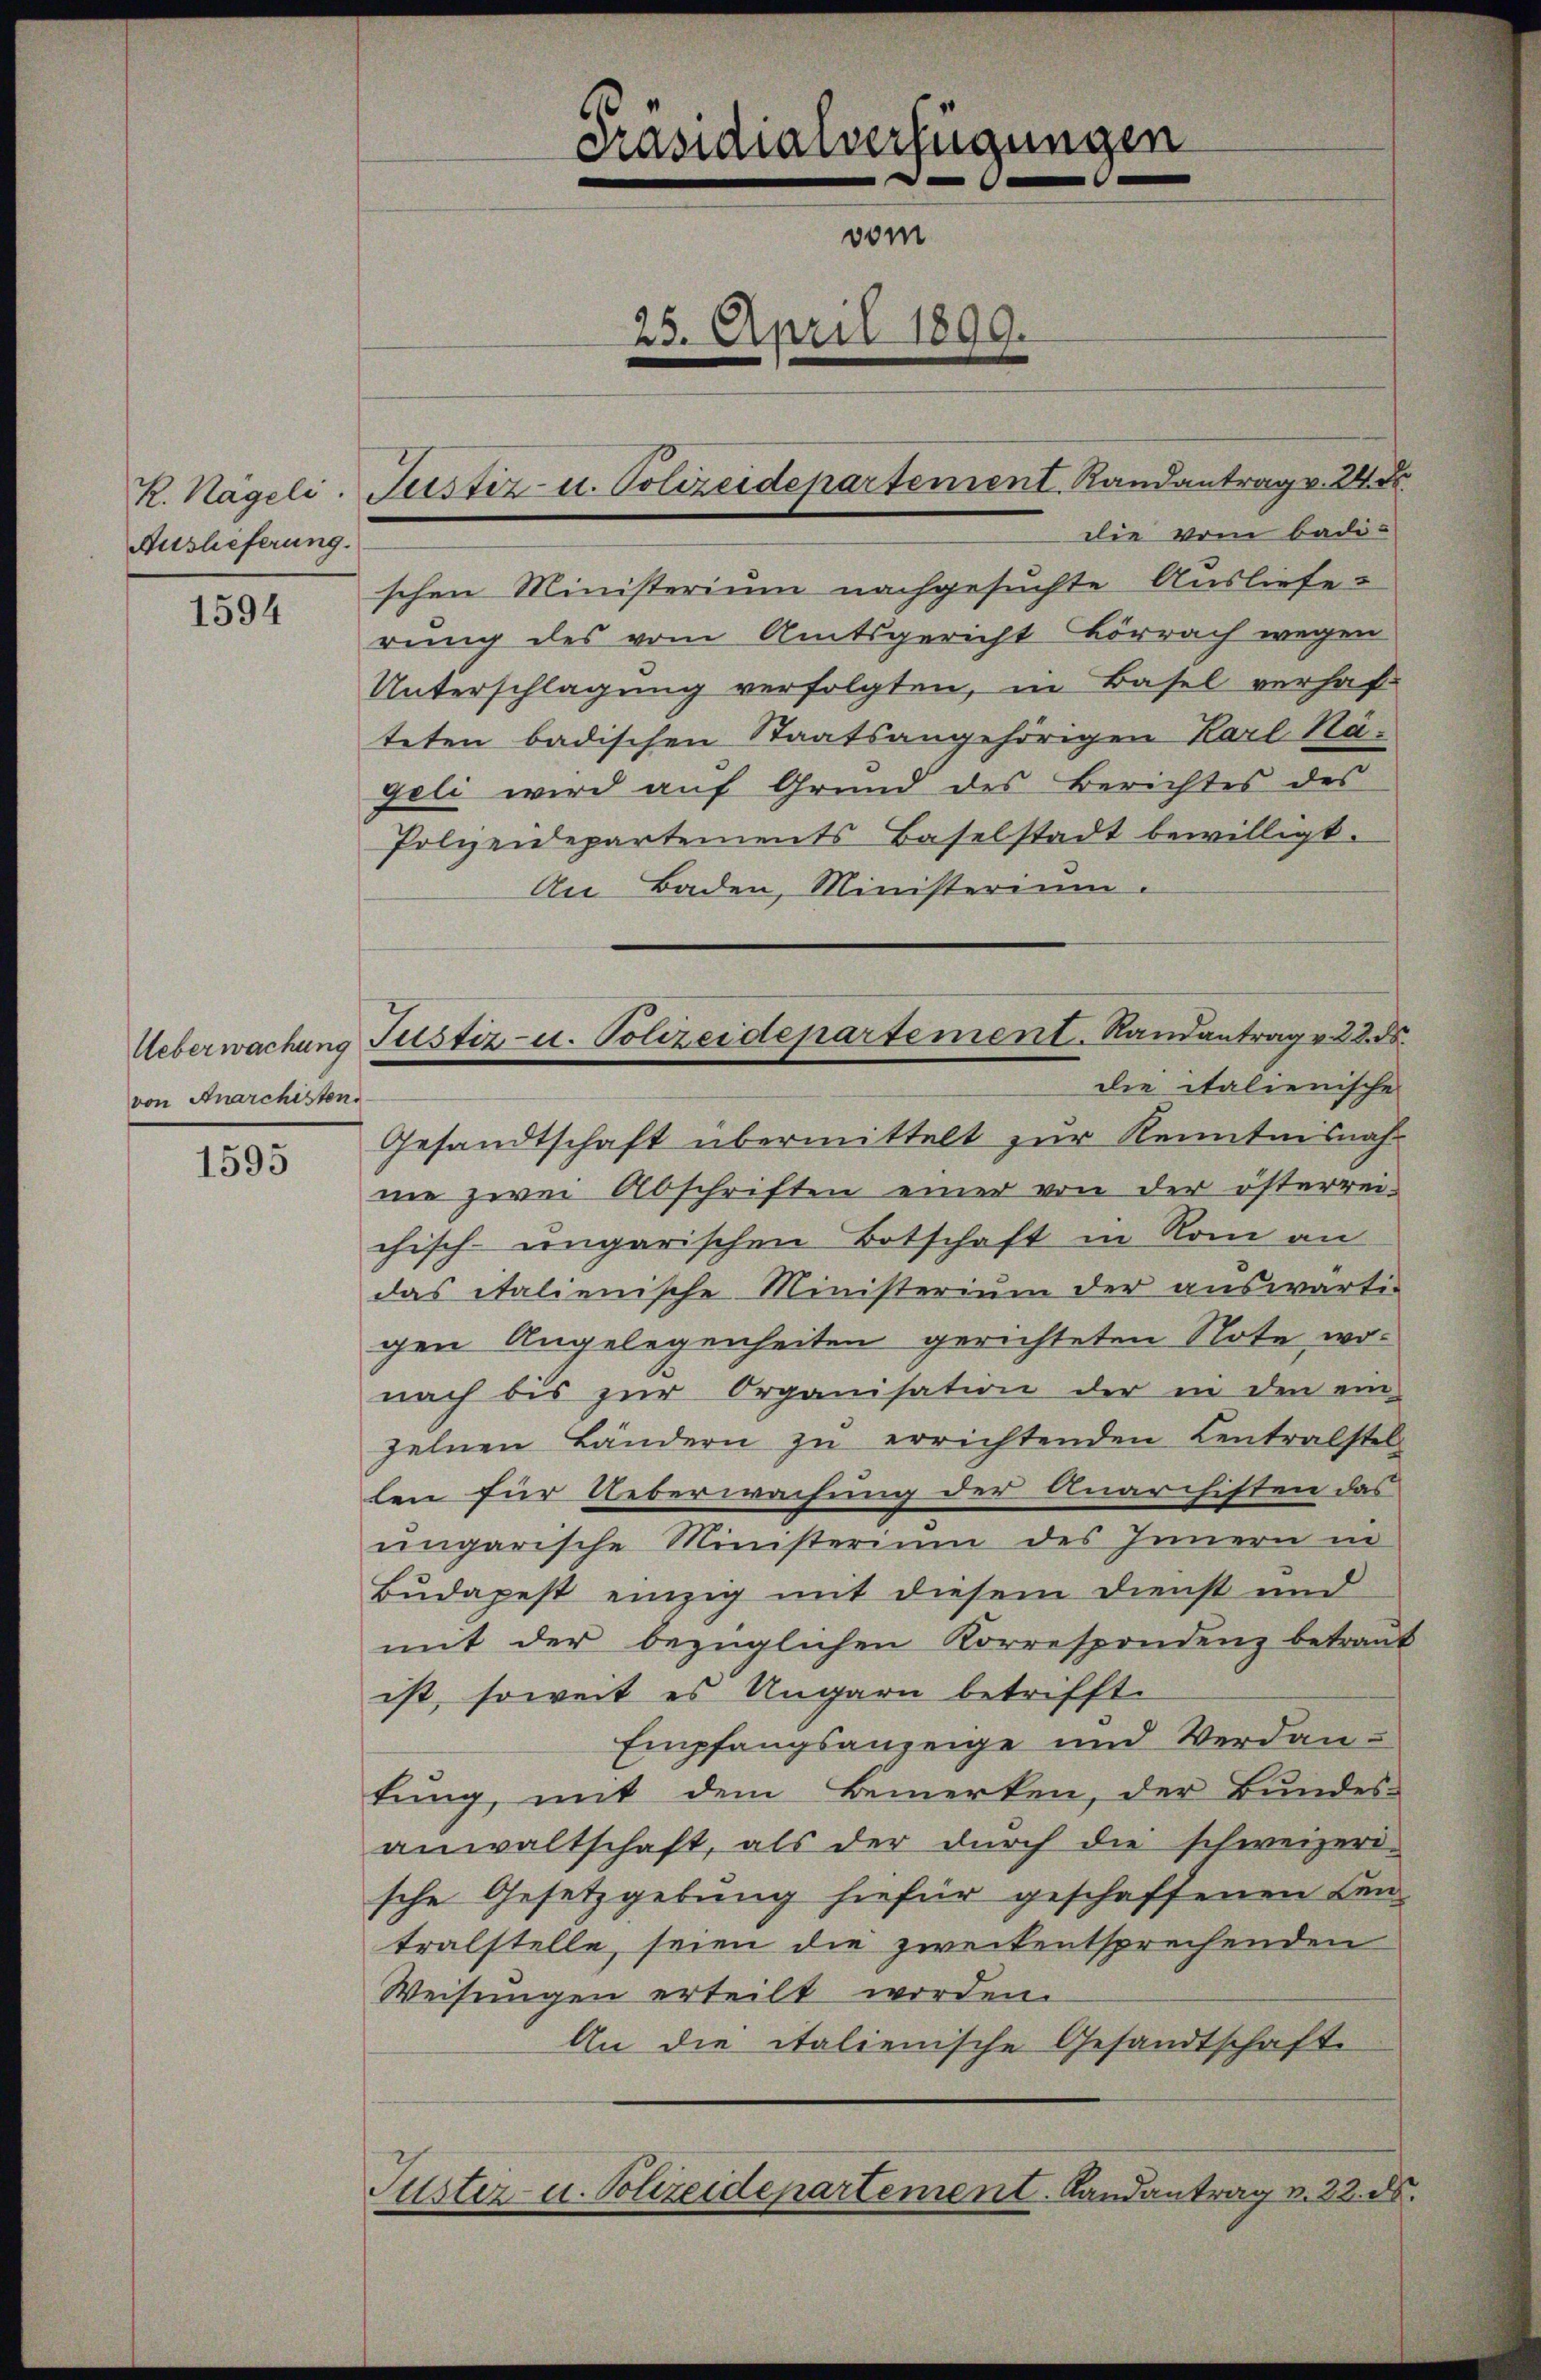
Auslieferung.

1594

1
.

von Anarchisten

1595

R. Nägeli. Justiz u. Polizeidepartement Randantrag v. 24. F

die vom badi-
schen Ministerium nachgesuchte Auslieferung des vom Amtsgericht Lörrach wegen
Unterschlagung verfolgten, in Basel verhafteten badischen Staatsangehörigen Karl Nägeli wird auf Grund des Berichtes des
Polizeidepartements Baselstadt bewilligt.
An Baden, Ministerium.
Gesandtschaft übermittelt zur Kenntnisnahnie zwei Abschriften einer von der österrei-
chisch-ungarischen Botschaft in Rom an
das italienische Ministerium der auswärtig
gen Angelegenheiten gerichteten Note, wonach bis zur Organisation der in den ein-
zelnen Ländern zu errichtenden Centralstel
len für Ueberwachung der Anarchiften das
ungarische Ministerium des Innern in
Budapest einzig mit diesem Dienst und
mit der bezüglichen Korrespondenz betraut
ist, soweit es Ungarn betrifft.
Empfangsanzeige und Verdantung mit dem Bemerken, der Bundes-
anwaltschaft, als der durch die schweizeri-
sche Gesetzgebung hiefür geschaffenen Cen-
tralstelle, seien die zweckentsprechenden
Weisungen erteilt worden.
An die italienische Gesandtschaft
Puster- u. Polizeidepartement. Landantrag v. 22. ds.

Ueberwachung Justiz- u. Polizeidepartement. Randantrag v. 28. d.
die italienische

Präsidialverfügungen
vom
25. April 1899.